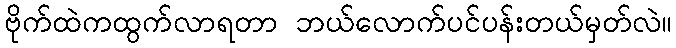
ဗိုက်ထဲကထွက်လာရတာ ဘယ်လောက်ပင်ပန်းတယ်မှတ်လဲ။